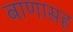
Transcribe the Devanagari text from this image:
बाणासह